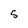
Character: 5